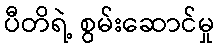
ပီတိရဲ့ စွမ်းဆောင်မှု